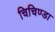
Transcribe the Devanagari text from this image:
चिचिण्डा